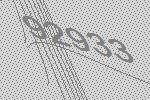
92933